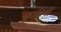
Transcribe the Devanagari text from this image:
कुक्षियों